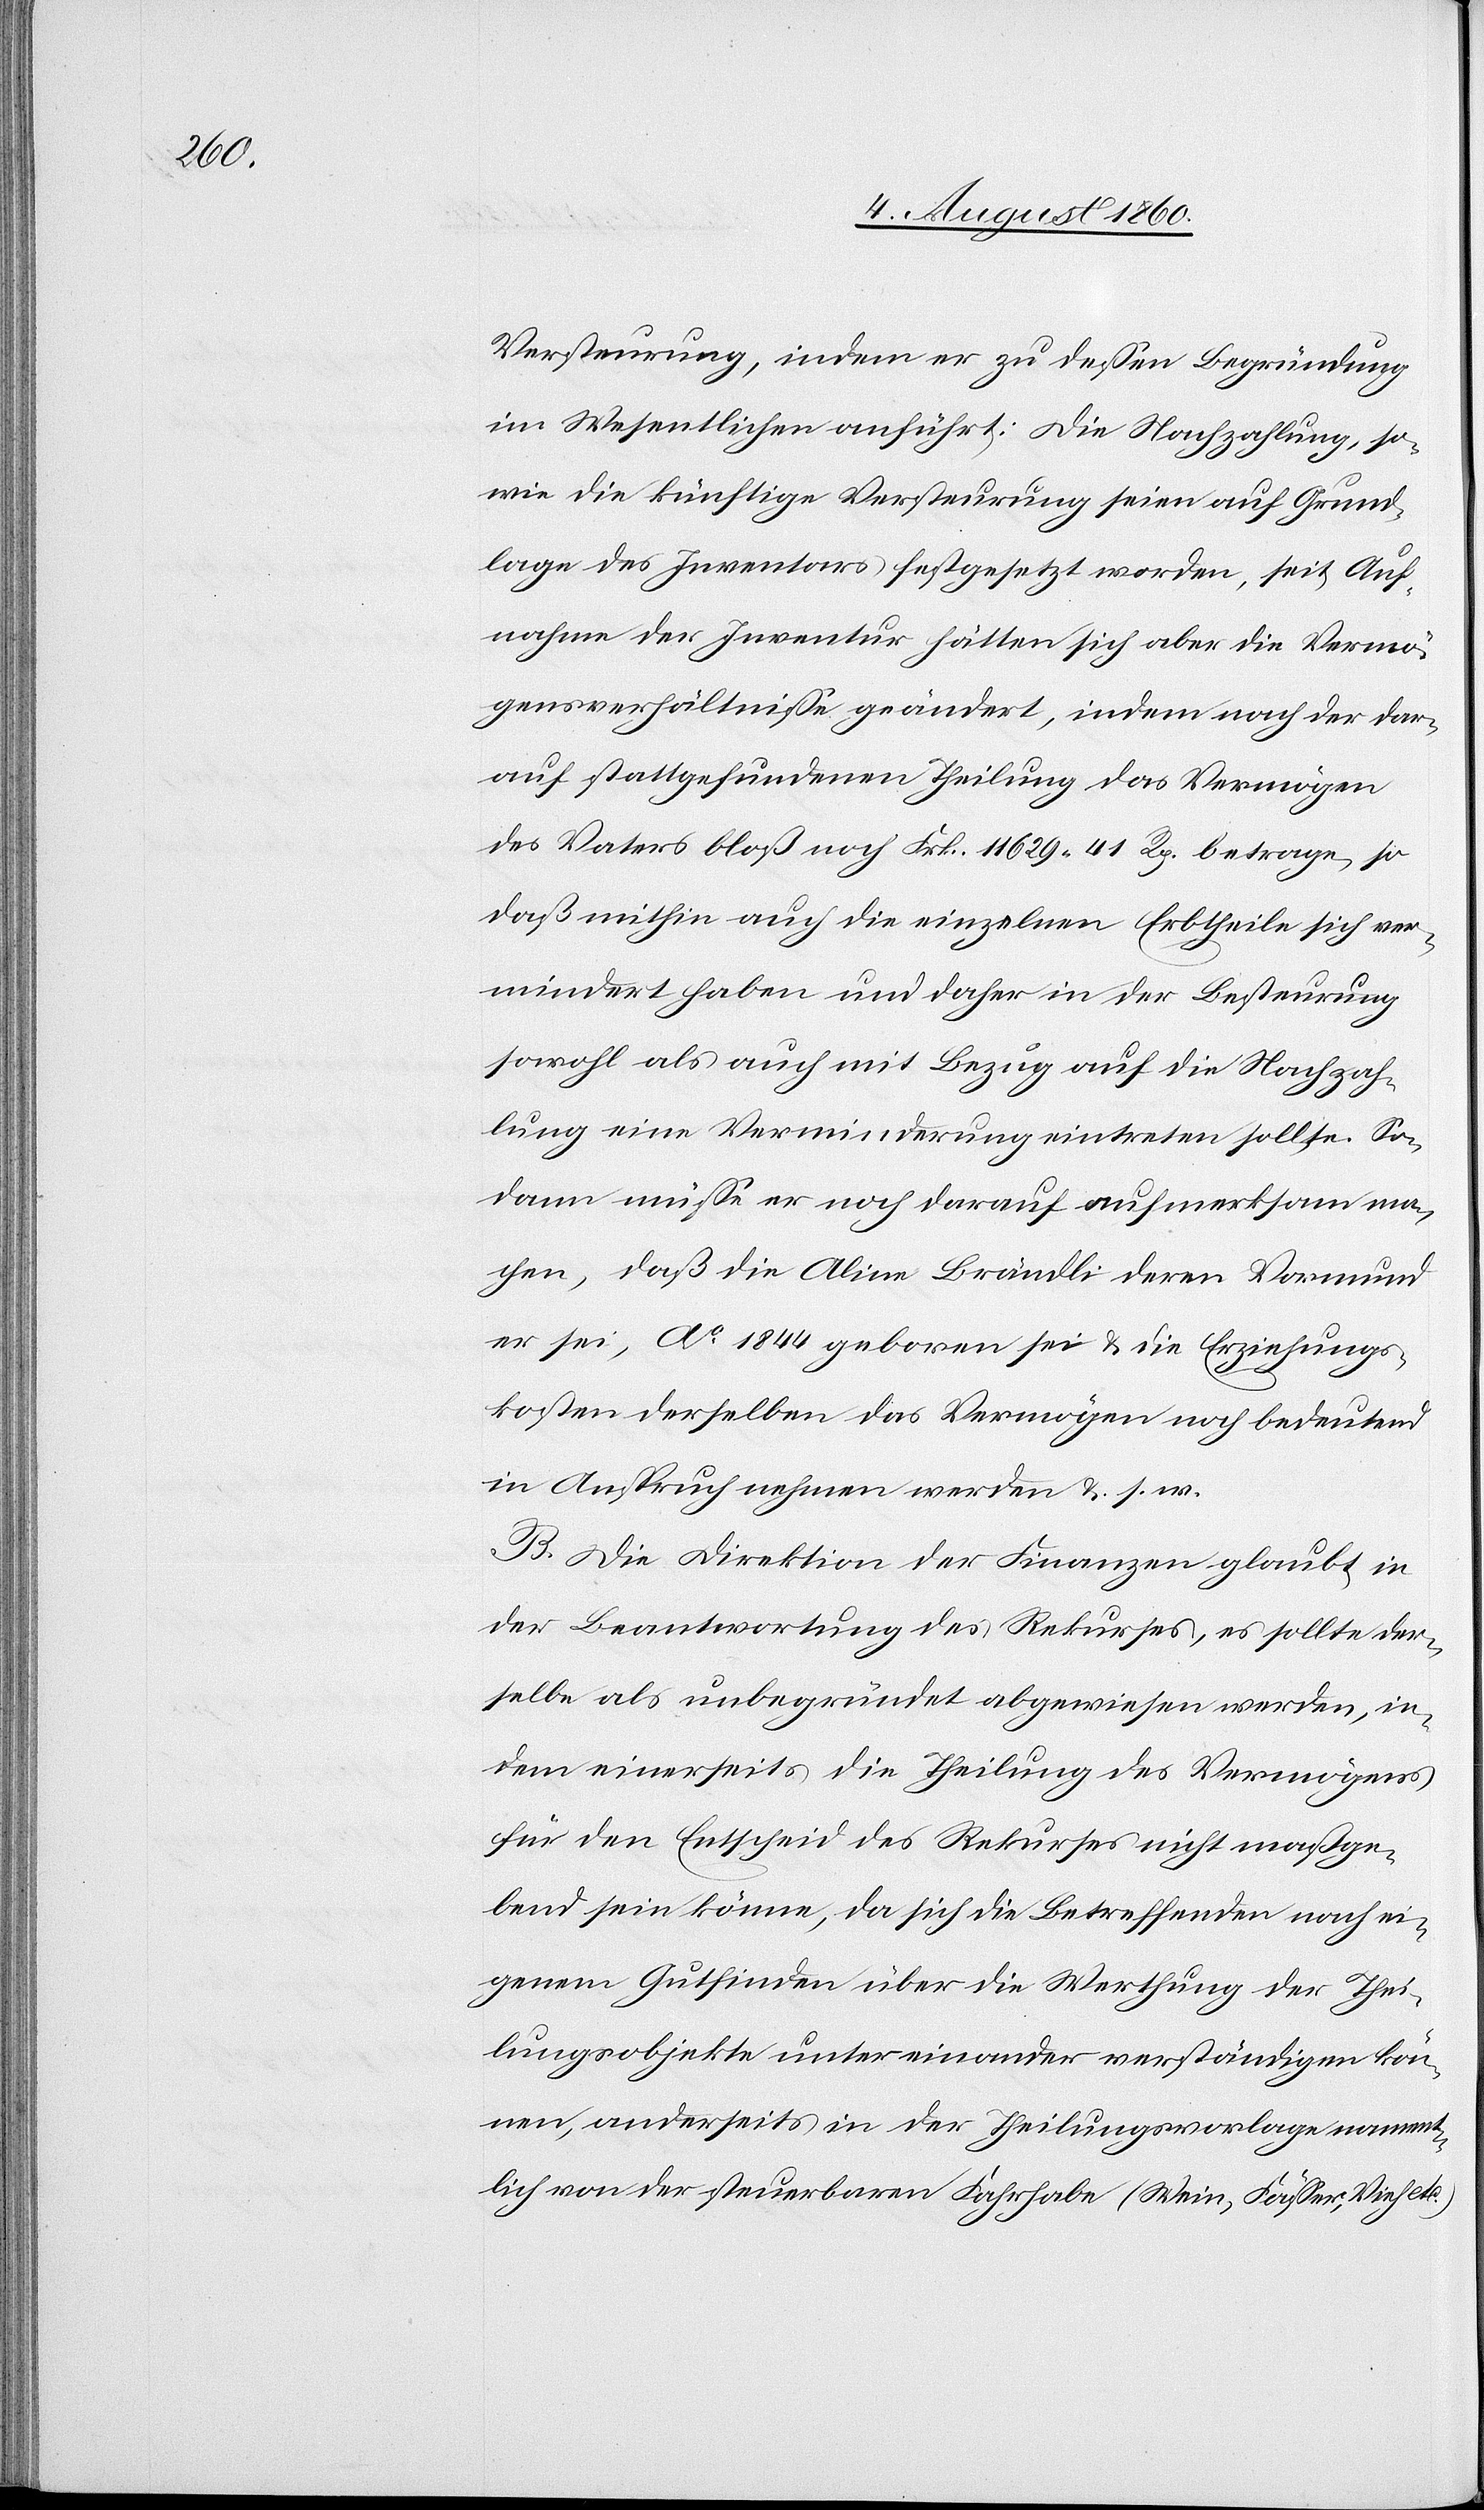
Versteurung, indem er zu dessen Begründung
im Wesentlichen anführt: die Nachzahlung, so¬
wie die künftige Versteurung seien auf Grund¬
lage des Inventars festgesetzt worden; seit Auf¬
nahme der Inventur hätten sich aber die Vermö¬
gensverhältnisse geändert, indem nach der dar¬
auf stattgefundenen Theilung das Vermögen
des Vaters bloss noch Frk. 11 629. 41C betrage, so
dass mithin auch die einzelnen Erbtheile sich ver¬
mindert haben und daher in der Besteur¬
ung eine Verminderung eintreten sollte. So¬
dann müsse er noch darauf aufmerksam ma¬
chen, dass die Aline Brändli, deren Vormund
er sei, Ao 1844 geboren sei und die Erziehungs¬
kosten derselben das Vermögen noch bedeutend
in Anspruch nehmen werden u. s. w.
B. Die Direktion der Finanzen glaubt, in
der Beantwortung des Rekurses, es sollte der¬
selbe als unbegründet abgewiesen werden, in¬
dem einerseits die Theilung des Vermögens
für den Entscheid des Rekurses nicht massge¬
bend sein könne, da sich die Betreffenden nach ei¬
genem Gutfinden über die Werthung der Thei¬
lungsobjekte unter einander verständigen kön¬
nen, anderseits in der Theilungsvorlage nament¬
lich von der steuerbaren Fahrhabe (Wein, Fässer, Vieh etc.)